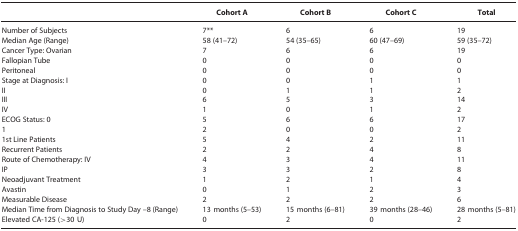
|  | Cohort A | Cohort B | Cohort C | Total |
 | --- | --- | --- | --- | --- |
 | Number of Subjects | 7** | 6 | 6 | 19 |
 | Median Age (Range) | 58 (41–72) | 54 (35–65) | 60 (47–69) | 59 (35–72) |
 | Cancer Type: Ovarian | 7 | 6 | 6 | 19 |
 | Fallopian Tube | 0 | 0 | 0 | 0 |
 | Peritoneal | 0 | 0 | 0 | 0 |
 | Stage at Diagnosis: I | 0 | 0 | 1 | 1 |
 | II | 0 | 1 | 1 | 2 |
 | III | 6 | 5 | 3 | 14 |
 | IV | 1 | 0 | 1 | 2 |
 | ECOG Status: 0 | 5 | 6 | 6 | 17 |
 | 1 | 2 | 0 | 0 | 2 |
 | 1st Line Patients | 5 | 4 | 2 | 11 |
 | Recurrent Patients | 2 | 2 | 4 | 8 |
 | Route of Chemotherapy: IV | 4 | 3 | 4 | 11 |
 | IP | 3 | 3 | 2 | 8 |
 | Neoadjuvant Treatment | 1 | 2 | 1 | 4 |
 | Avastin | 0 | 1 | 2 | 3 |
 | Measurable Disease | 2 | 2 | 2 | 6 |
 | Median Time from Diagnosis to Study Day –8 (Range) | 13 months (5–53) | 15 months (6–81) | 39 months (28–46) | 28 months (5–81) |
 | Elevated CA-125 (>30 U) | 0 | 2 | 0 | 2 |